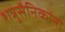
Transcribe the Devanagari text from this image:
शत्रुसैनिकांना